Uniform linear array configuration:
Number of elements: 12
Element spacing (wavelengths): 0.5
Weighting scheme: hamming
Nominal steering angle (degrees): -45
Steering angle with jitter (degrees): -44.837
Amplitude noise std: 0.05
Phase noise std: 0.05

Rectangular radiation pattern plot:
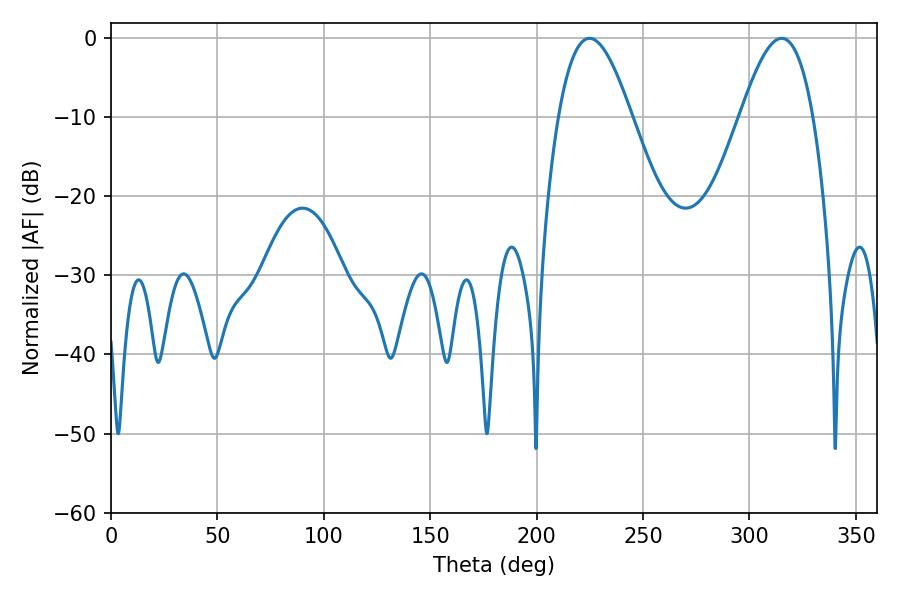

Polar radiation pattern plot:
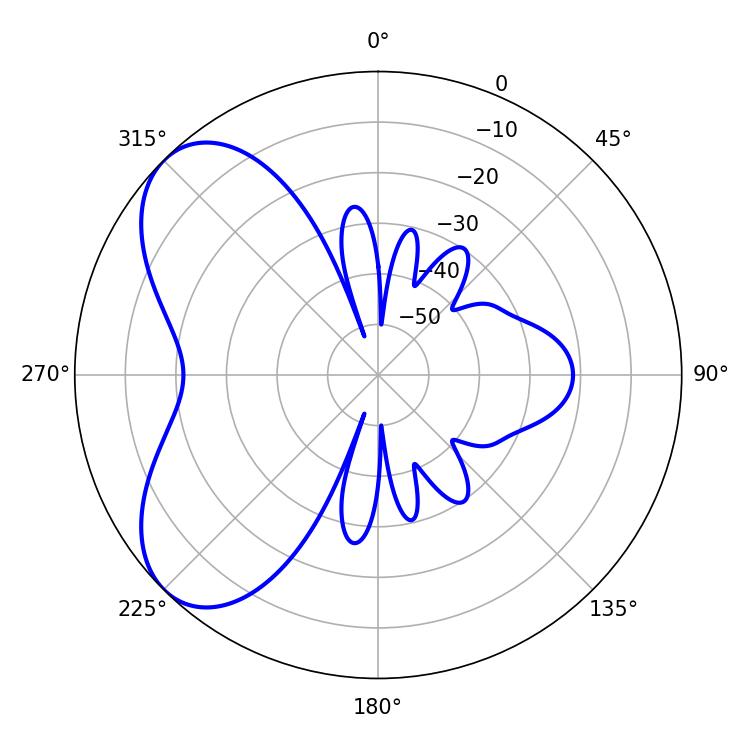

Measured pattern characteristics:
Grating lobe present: FALSE
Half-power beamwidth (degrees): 18.54
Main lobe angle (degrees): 224.82